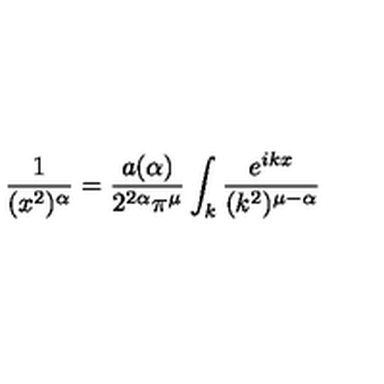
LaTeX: \frac { 1 } { ( x ^ { 2 } ) ^ { \alpha } } = \frac { a ( \alpha ) } { 2 ^ { 2 \alpha } \pi ^ { \mu } } \int _ { k } \frac { e ^ { i k x } } { ( k ^ { 2 } ) ^ { \mu - \alpha } }